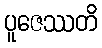
ပူဇေဿတိ